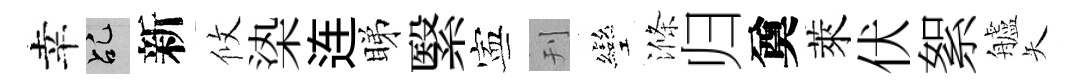
幸乩新攸𣑱连睇繄寕刊彎滌归奠萊伏絮艫矢